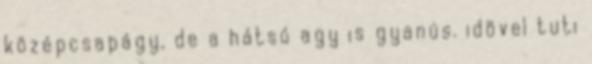
középcsapágy, de a hátsó agy is gyanús. idõvel tuti